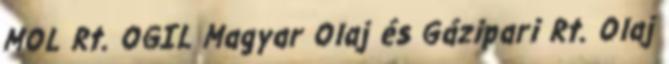
MOL Rt. OGIL Magyar Olaj és Gázipari Rt. Olaj